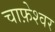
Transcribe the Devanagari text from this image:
चाफ़ेश्वर